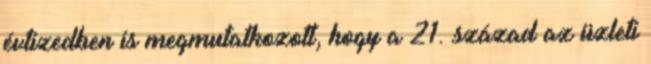
évtizedben is megmutatkozott, hogy a 21. század az üzleti